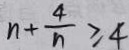
n + \frac { 4 } { n } \geq 4